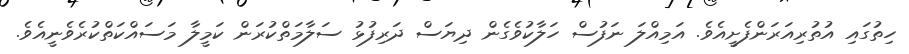
ހިތުގައި އުތުރިއަރަންފެށީއެވެ. އަމިއްލަ ނަފުސް ހަލާކުވެގެން ދިޔަސް ދަރިފުޅު ސަލާމަތްކުރަން ކަމީލާ މަސައްކަތްކުރެވެނީއެވެ.